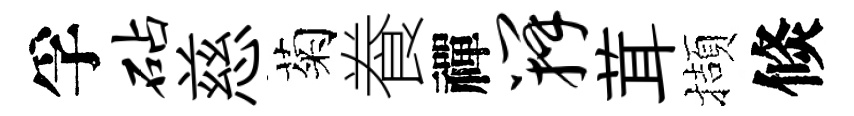
孚砧慈菊飬禪瓣茸擷倐